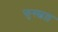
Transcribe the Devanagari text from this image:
फुस्स्बल्ल